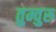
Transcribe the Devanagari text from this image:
तुम्वुरु